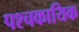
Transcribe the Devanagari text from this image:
पश्चकायिक